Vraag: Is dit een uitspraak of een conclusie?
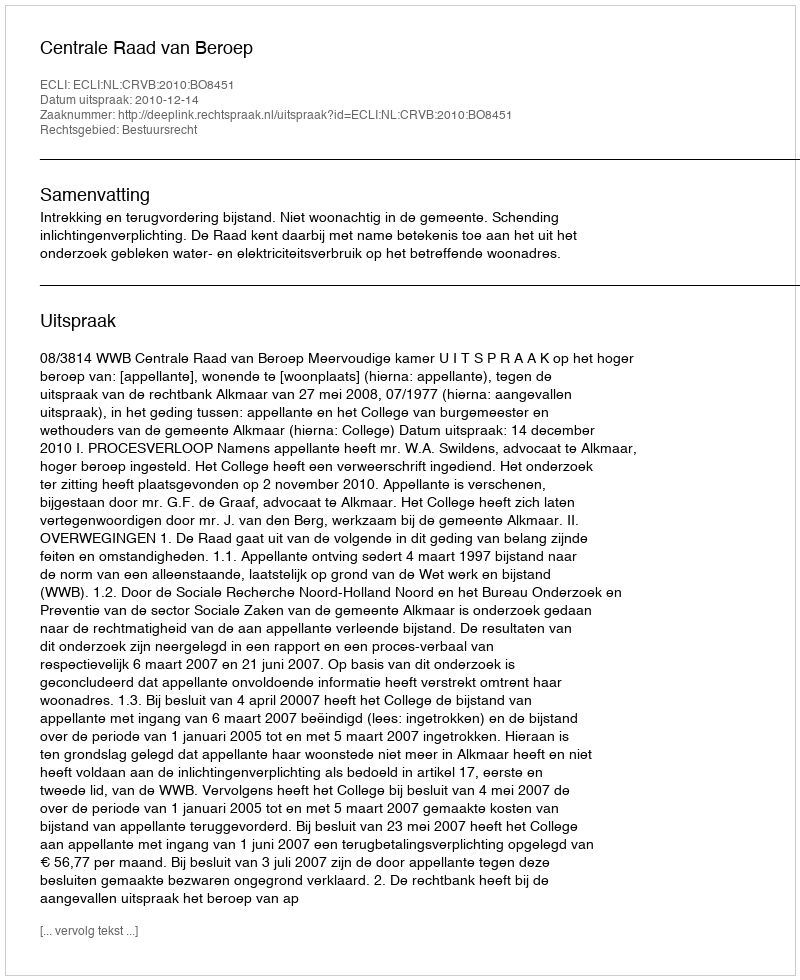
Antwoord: Uitspraak